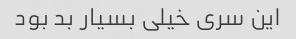
این سری خیلی بسیار بد بود